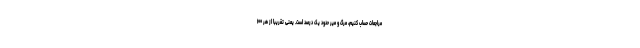
مراجعات حساب کنیم، مرگ و میر حدود یک درصد است. یعنی تقریبا از هر ۱۰۰